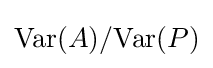
\mathrm {Var} (A)/\mathrm {Var} (P)